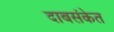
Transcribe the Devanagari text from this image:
दाबसंकेत